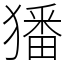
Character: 㺕